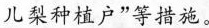
儿 梨 种 植 户$$”等措施。